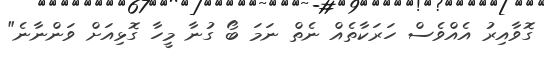
ގޮވާއިރު އެއްވެސް ހަރަކާތެއް ނެތް ނަމަ ބޯ ގުނާ މީހާ ގޮޅިއަށް ވަންނާނެ"